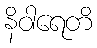
နိဝါရေတိ